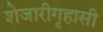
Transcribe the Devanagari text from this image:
शेजारीगृहासी